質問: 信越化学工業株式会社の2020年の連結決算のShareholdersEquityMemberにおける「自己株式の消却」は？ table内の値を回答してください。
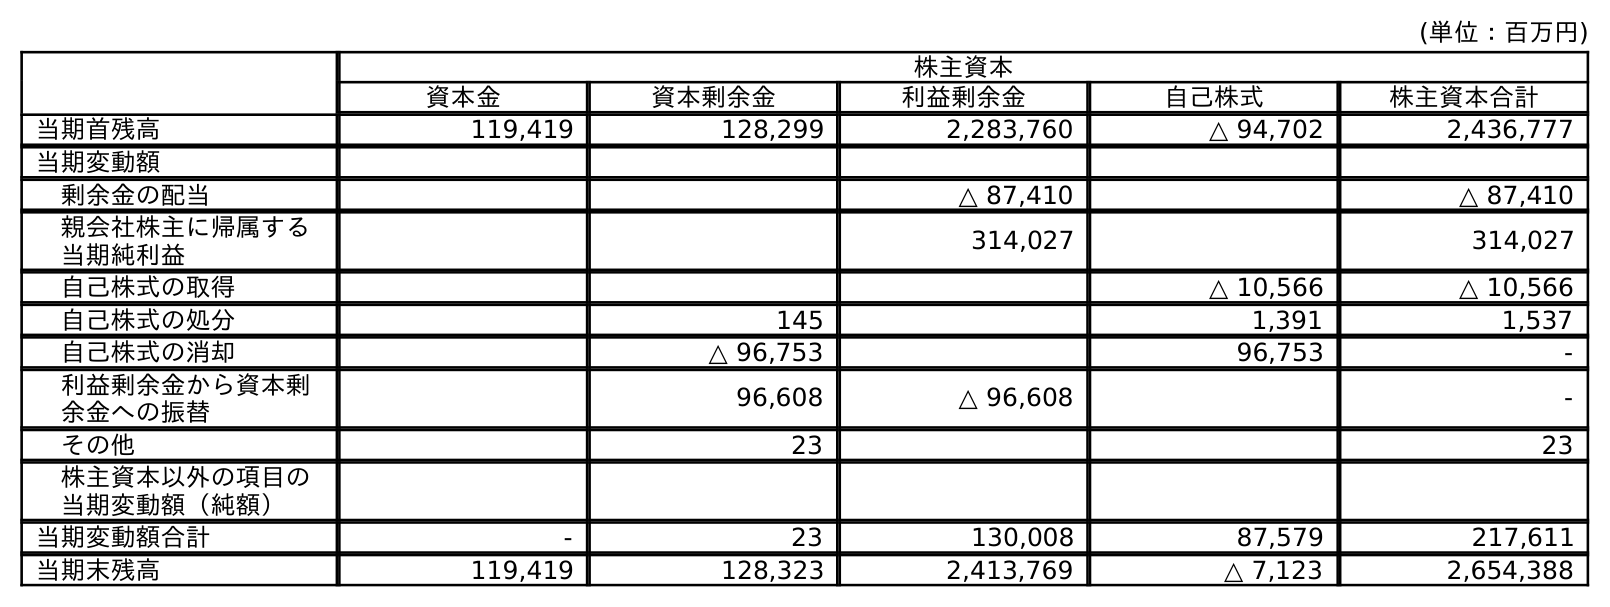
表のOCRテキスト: (単位：百万円) 株主資本 資本金 資本剰余金 利益剰余金 自己株式 株主資本合計 当期首残高 119,419 128,299 2,283,760 △ 94,702 2,436,777 当期変動額 剰余金の配当 △ 87,410 △ 87,410 親会社株主に帰属する 当期純利益 314,027 314,027 自己株式の取得 △ 10,566 △ 10,566 自己株式の処分 145 1,391 1,537 自己株式の消却 △ 96,753 96,753 - 利益剰余金から資本剰 余金への振替 96,608 △ 96,608 - その他 23 23 株主資本以外の項目の 当期変動額（純額） 当期変動額合計 - 23 130,008 87,579 217,611 当期末残高 119,419 128,323 2,413,769 △ 7,123 2,654,388
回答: -